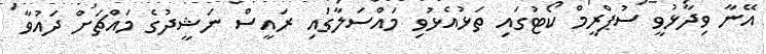
އޭނާ ވިދާޅުވީ ސުޕްރީމް ކޯޓުގައި ތަޅުއެޅުވި މައްސަލާގައި ރައީސް ނަޝީދުގެ މައްޗަށް ދައުވާ